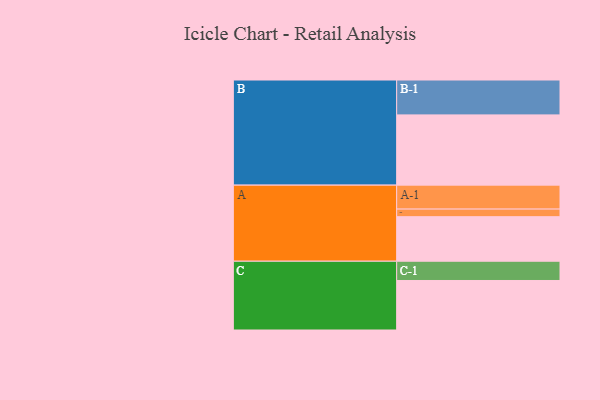
{"axis": {"x": "Segment", "y": "Value"}, "legend": ["", "A", "B", "C"], "data": [{"x": "A", "y": 305, "type": ""}, {"x": "B", "y": 481, "type": ""}, {"x": "C", "y": 339, "type": ""}, {"x": "A-1", "y": 164, "type": "A"}, {"x": "A-2", "y": 52, "type": "A"}, {"x": "B-1", "y": 239, "type": "B"}, {"x": "C-1", "y": 132, "type": "C"}]}